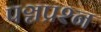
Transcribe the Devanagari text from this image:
पञ्चप्रश्न